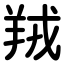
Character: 羢